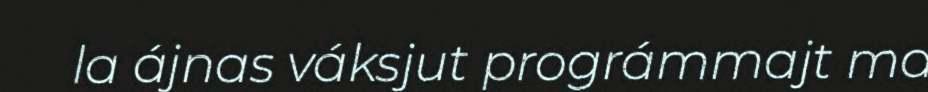
la ájnas váksjut prográmmajt ma